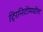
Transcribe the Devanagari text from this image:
ट्रिनिटीमधील